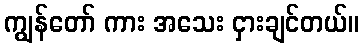
ကျွန်တော် ကား အသေး ငှားချင်တယ်။